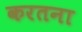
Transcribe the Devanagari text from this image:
करतना